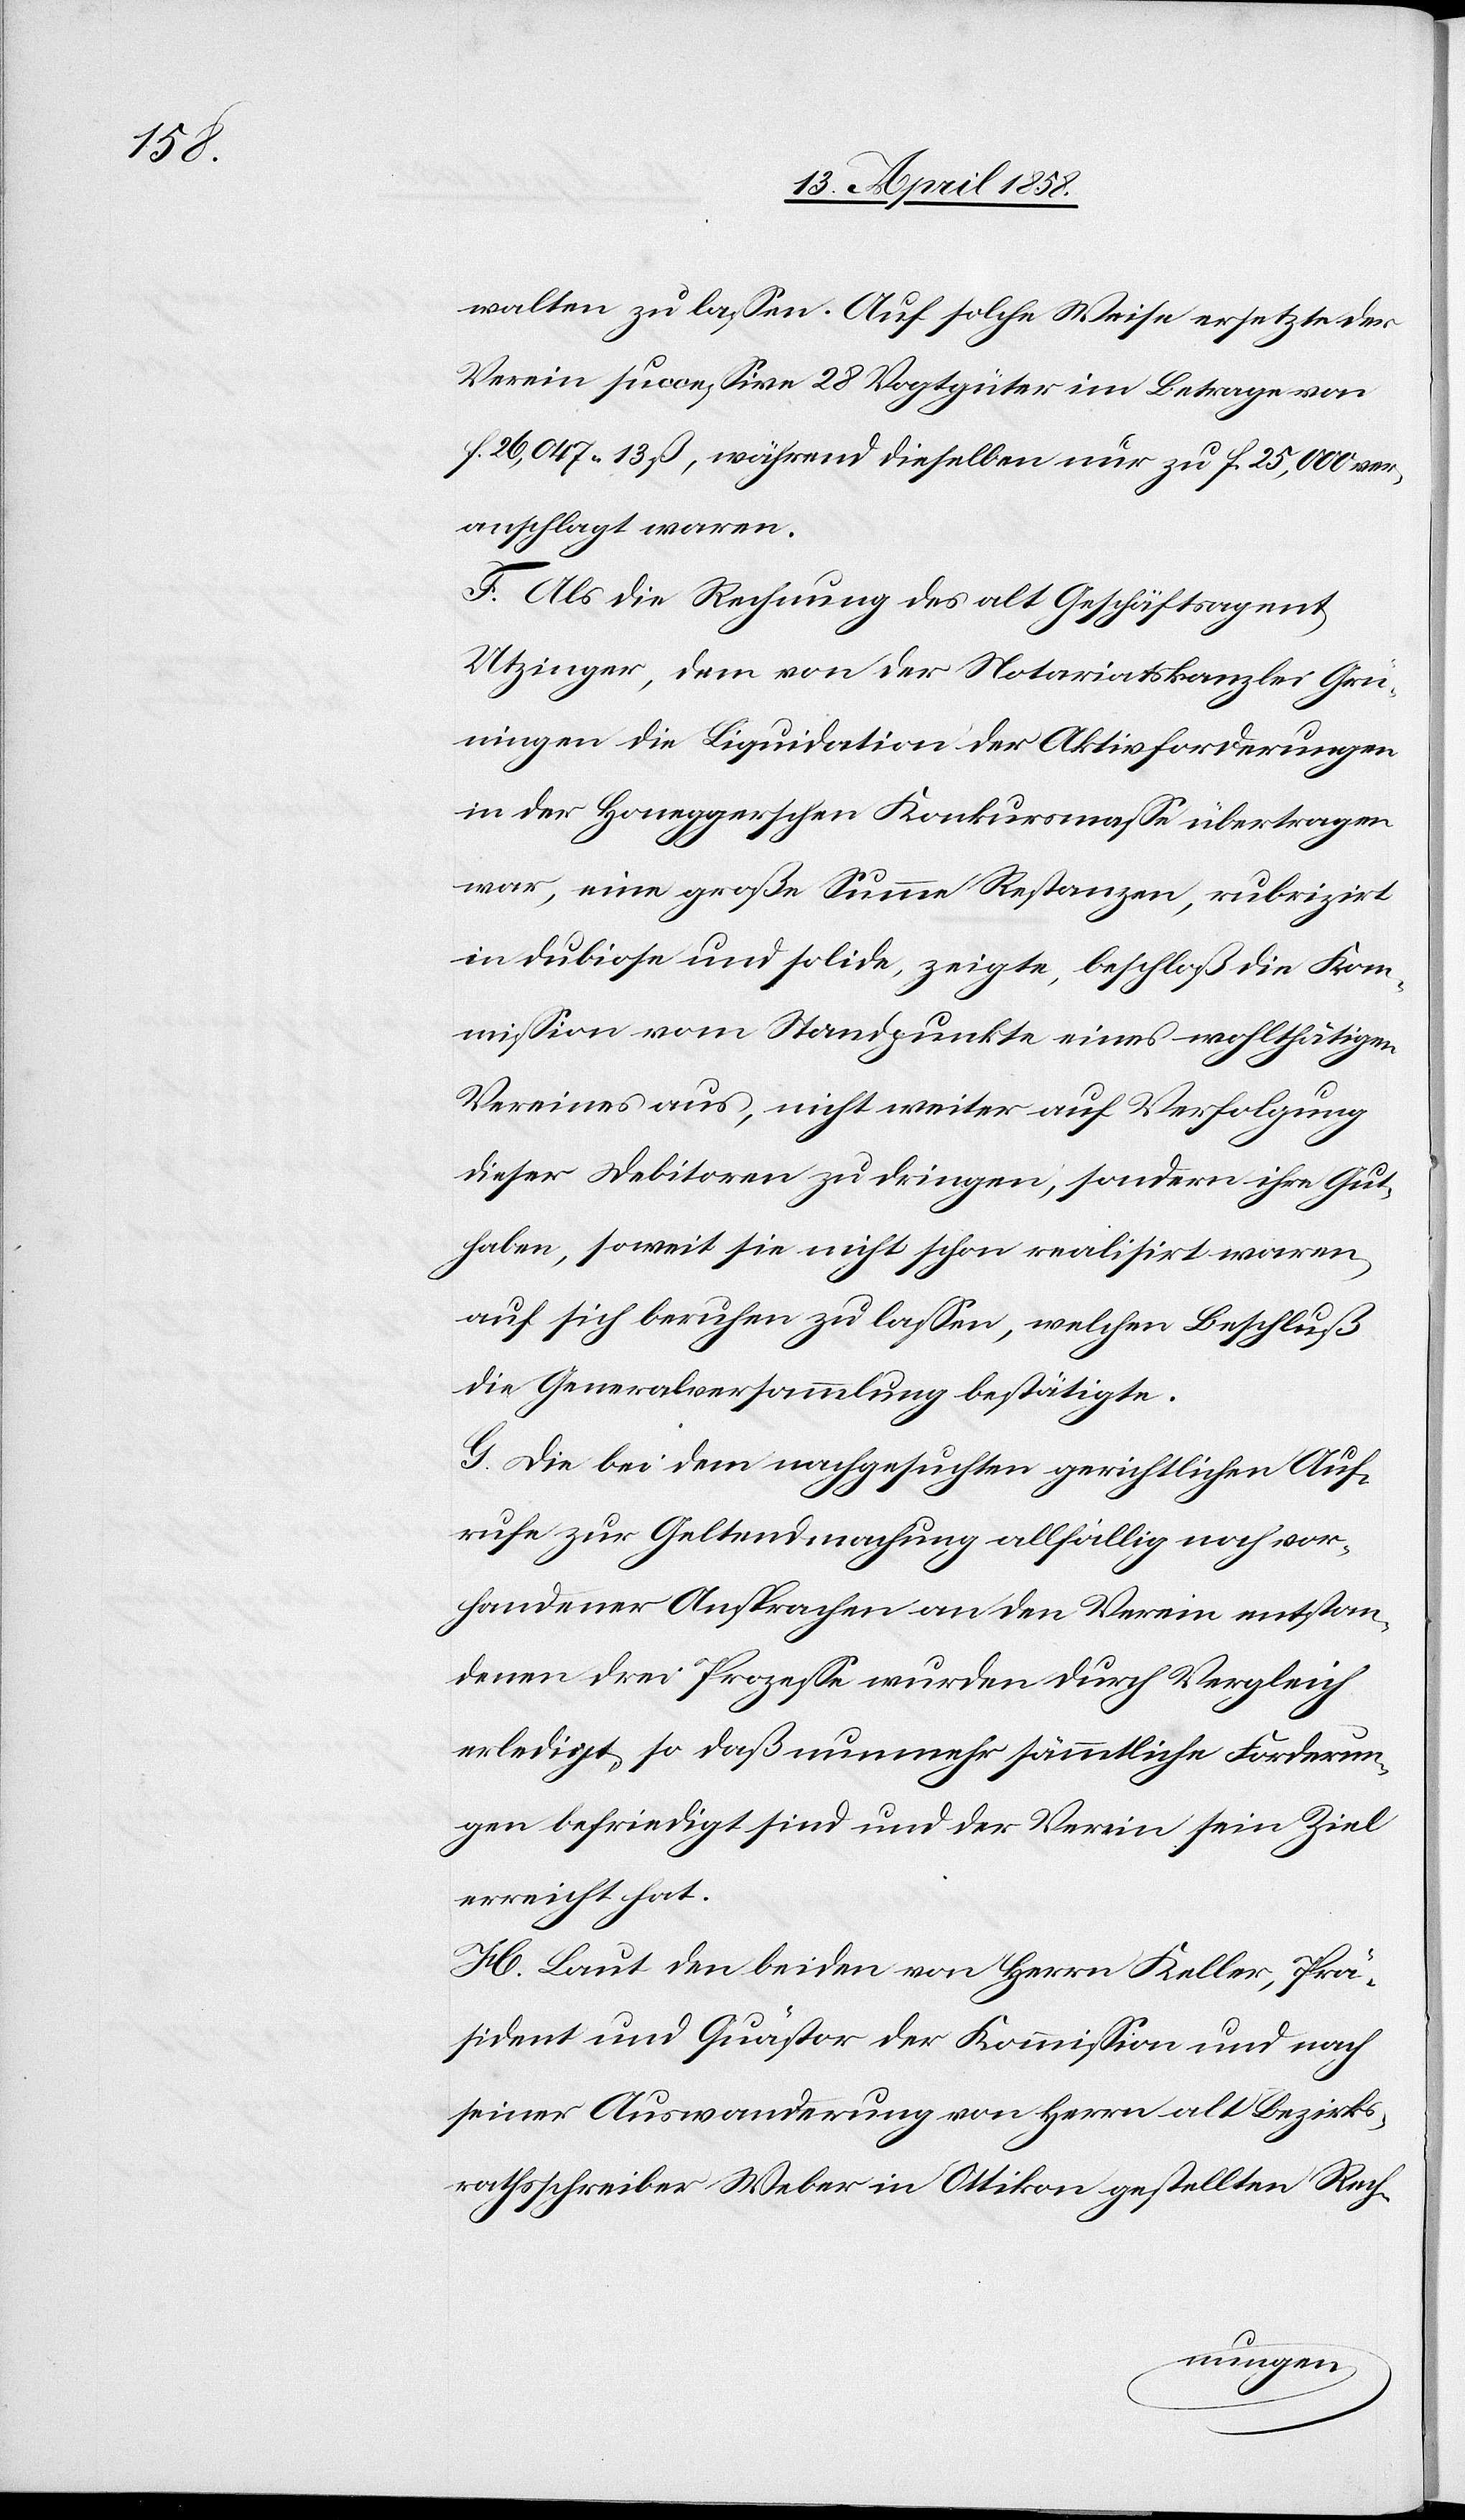
walten zu lassen. Auf solche Weise ersetzte der
Verein successive 28 Vogtgüter im Betrage von
f. 26,047 13 ß, während dieselben nur zu f. 25,000 ver¬
anschlagt waren.
F. Als die Rechnung des alt Geschäftsagent
Utzinger, dem von der Notariatskanzlei Grü¬
ningen die Liquidation der Aktivforderungen
in der Honeggerschen Konkursmasse übertragen
war, eine große Summe Restanzen, rubrizirt
in dubiose und solide, zeigte, beschloß die Kom¬
mission vom Standpunkte eines wohlthätigen
Vereines aus, nicht weiter auf Verfolgung
dieser Debitoren zu dringen, sondern ihre Gut¬
haben, soweit sie nicht schon realisirt waren,
auf sich beruhen zu lassen, welchen Beschluß
die Generalversammlung bestätigte.
G. Die bei dem nachgesuchten gerichtlichen Auf¬
rufe zur Geltendmachung allfällig nach vor¬
handener Ansprachen an den Verein entstan¬
denen drei Prozesse wurden durch Vergleich
erledigt, so daß nunmehr sämmtliche Forderun¬
gen befriedigt sind und der Verein sein Ziel
erreicht hat.
H. Laut den beiden von Herrn Keller, Prä¬
sident und Quästor der Kommission und nach
seiner Auswanderung von Herrn alt Bezirks¬
rathsschreiber Weber in Ottikon gestellten Rech-